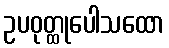
ဥပဝုတ္ထုပေါသထော